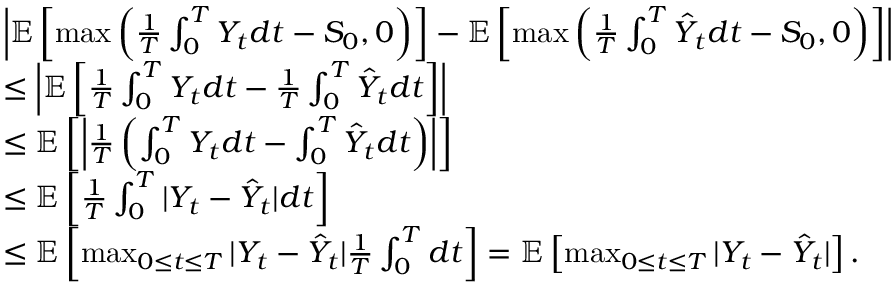
\begin{array} { r l } & { \left| \mathbb { E } \left[ \operatorname* { m a x } \left( \frac { 1 } { T } \int _ { 0 } ^ { T } Y _ { t } d t - S _ { 0 } , 0 \right) \right] - \mathbb { E } \left[ \operatorname* { m a x } \left( \frac { 1 } { T } \int _ { 0 } ^ { T } \hat { Y } _ { t } d t - S _ { 0 } , 0 \right) \right] \right| } \\ & { \leq \left| \mathbb { E } \left[ \frac { 1 } { T } \int _ { 0 } ^ { T } Y _ { t } d t - \frac { 1 } { T } \int _ { 0 } ^ { T } \hat { Y } _ { t } d t \right] \right| } \\ & { \leq \mathbb { E } \left[ \left| \frac { 1 } { T } \left( \int _ { 0 } ^ { T } Y _ { t } d t - \int _ { 0 } ^ { T } \hat { Y } _ { t } d t \right) \right| \right] } \\ & { \leq \mathbb { E } \left[ \frac { 1 } { T } \int _ { 0 } ^ { T } | Y _ { t } - \hat { Y } _ { t } | d t \right] } \\ & { \leq \mathbb { E } \left[ \operatorname* { m a x } _ { 0 \leq t \leq T } | Y _ { t } - \hat { Y } _ { t } | \frac { 1 } { T } \int _ { 0 } ^ { T } d t \right] = \mathbb { E } \left[ \operatorname* { m a x } _ { 0 \leq t \leq T } | Y _ { t } - \hat { Y } _ { t } | \right] . } \end{array}